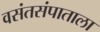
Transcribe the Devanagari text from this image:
वसंतसंपाताला